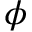
\phi